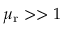
\mu _ { \mathrm { r } } > > 1